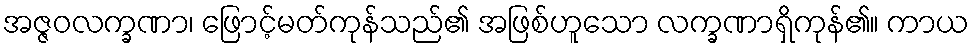
အဇ္ဇဝလက္ခဏာ၊ ဖြောင့်မတ်ကုန်သည်၏ အဖြစ်ဟူသော လက္ခဏာရှိကုန်၏။ ကာယ